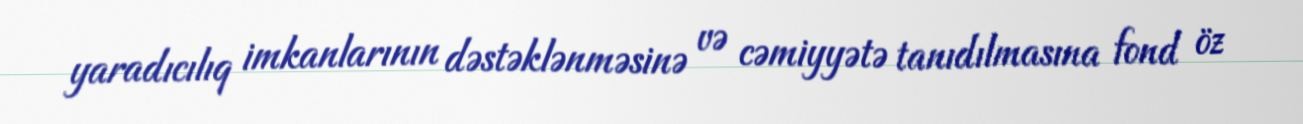
yaradıcılıq imkanlarının dəstəklənməsinə və cəmiyyətə tanıdılmasına fond öz